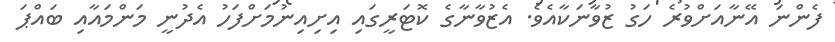
ފެންނަ އޭނާއަށްވުރެ ހަގު ޒުވާނަކާއެވެ. އެޒުވާނާގެ ކޮޓަރީގައި އިށިއިނުމަށްފަހު އެދުނީ މަންމައާއި ބައްޕަ